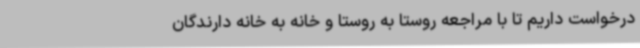
درخواست داریم تا با مراجعه روستا به روستا و خانه به خانه دارندگان